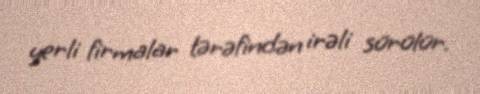
yerli firmalar tərəfindən irəli sürülür.